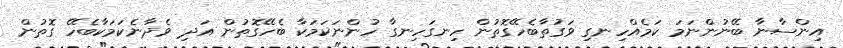
އިންސާނާ ބޭނުންނަމަ ކަމެއްހިނގި ވަގުތާބެހޭގޮތުން ހިނގަހިނގާ ހުންނަކަމަކާ ބެހޭގޮތުން އަދި ވެދާނެކަމަކާބެހޭ ގޮތުން